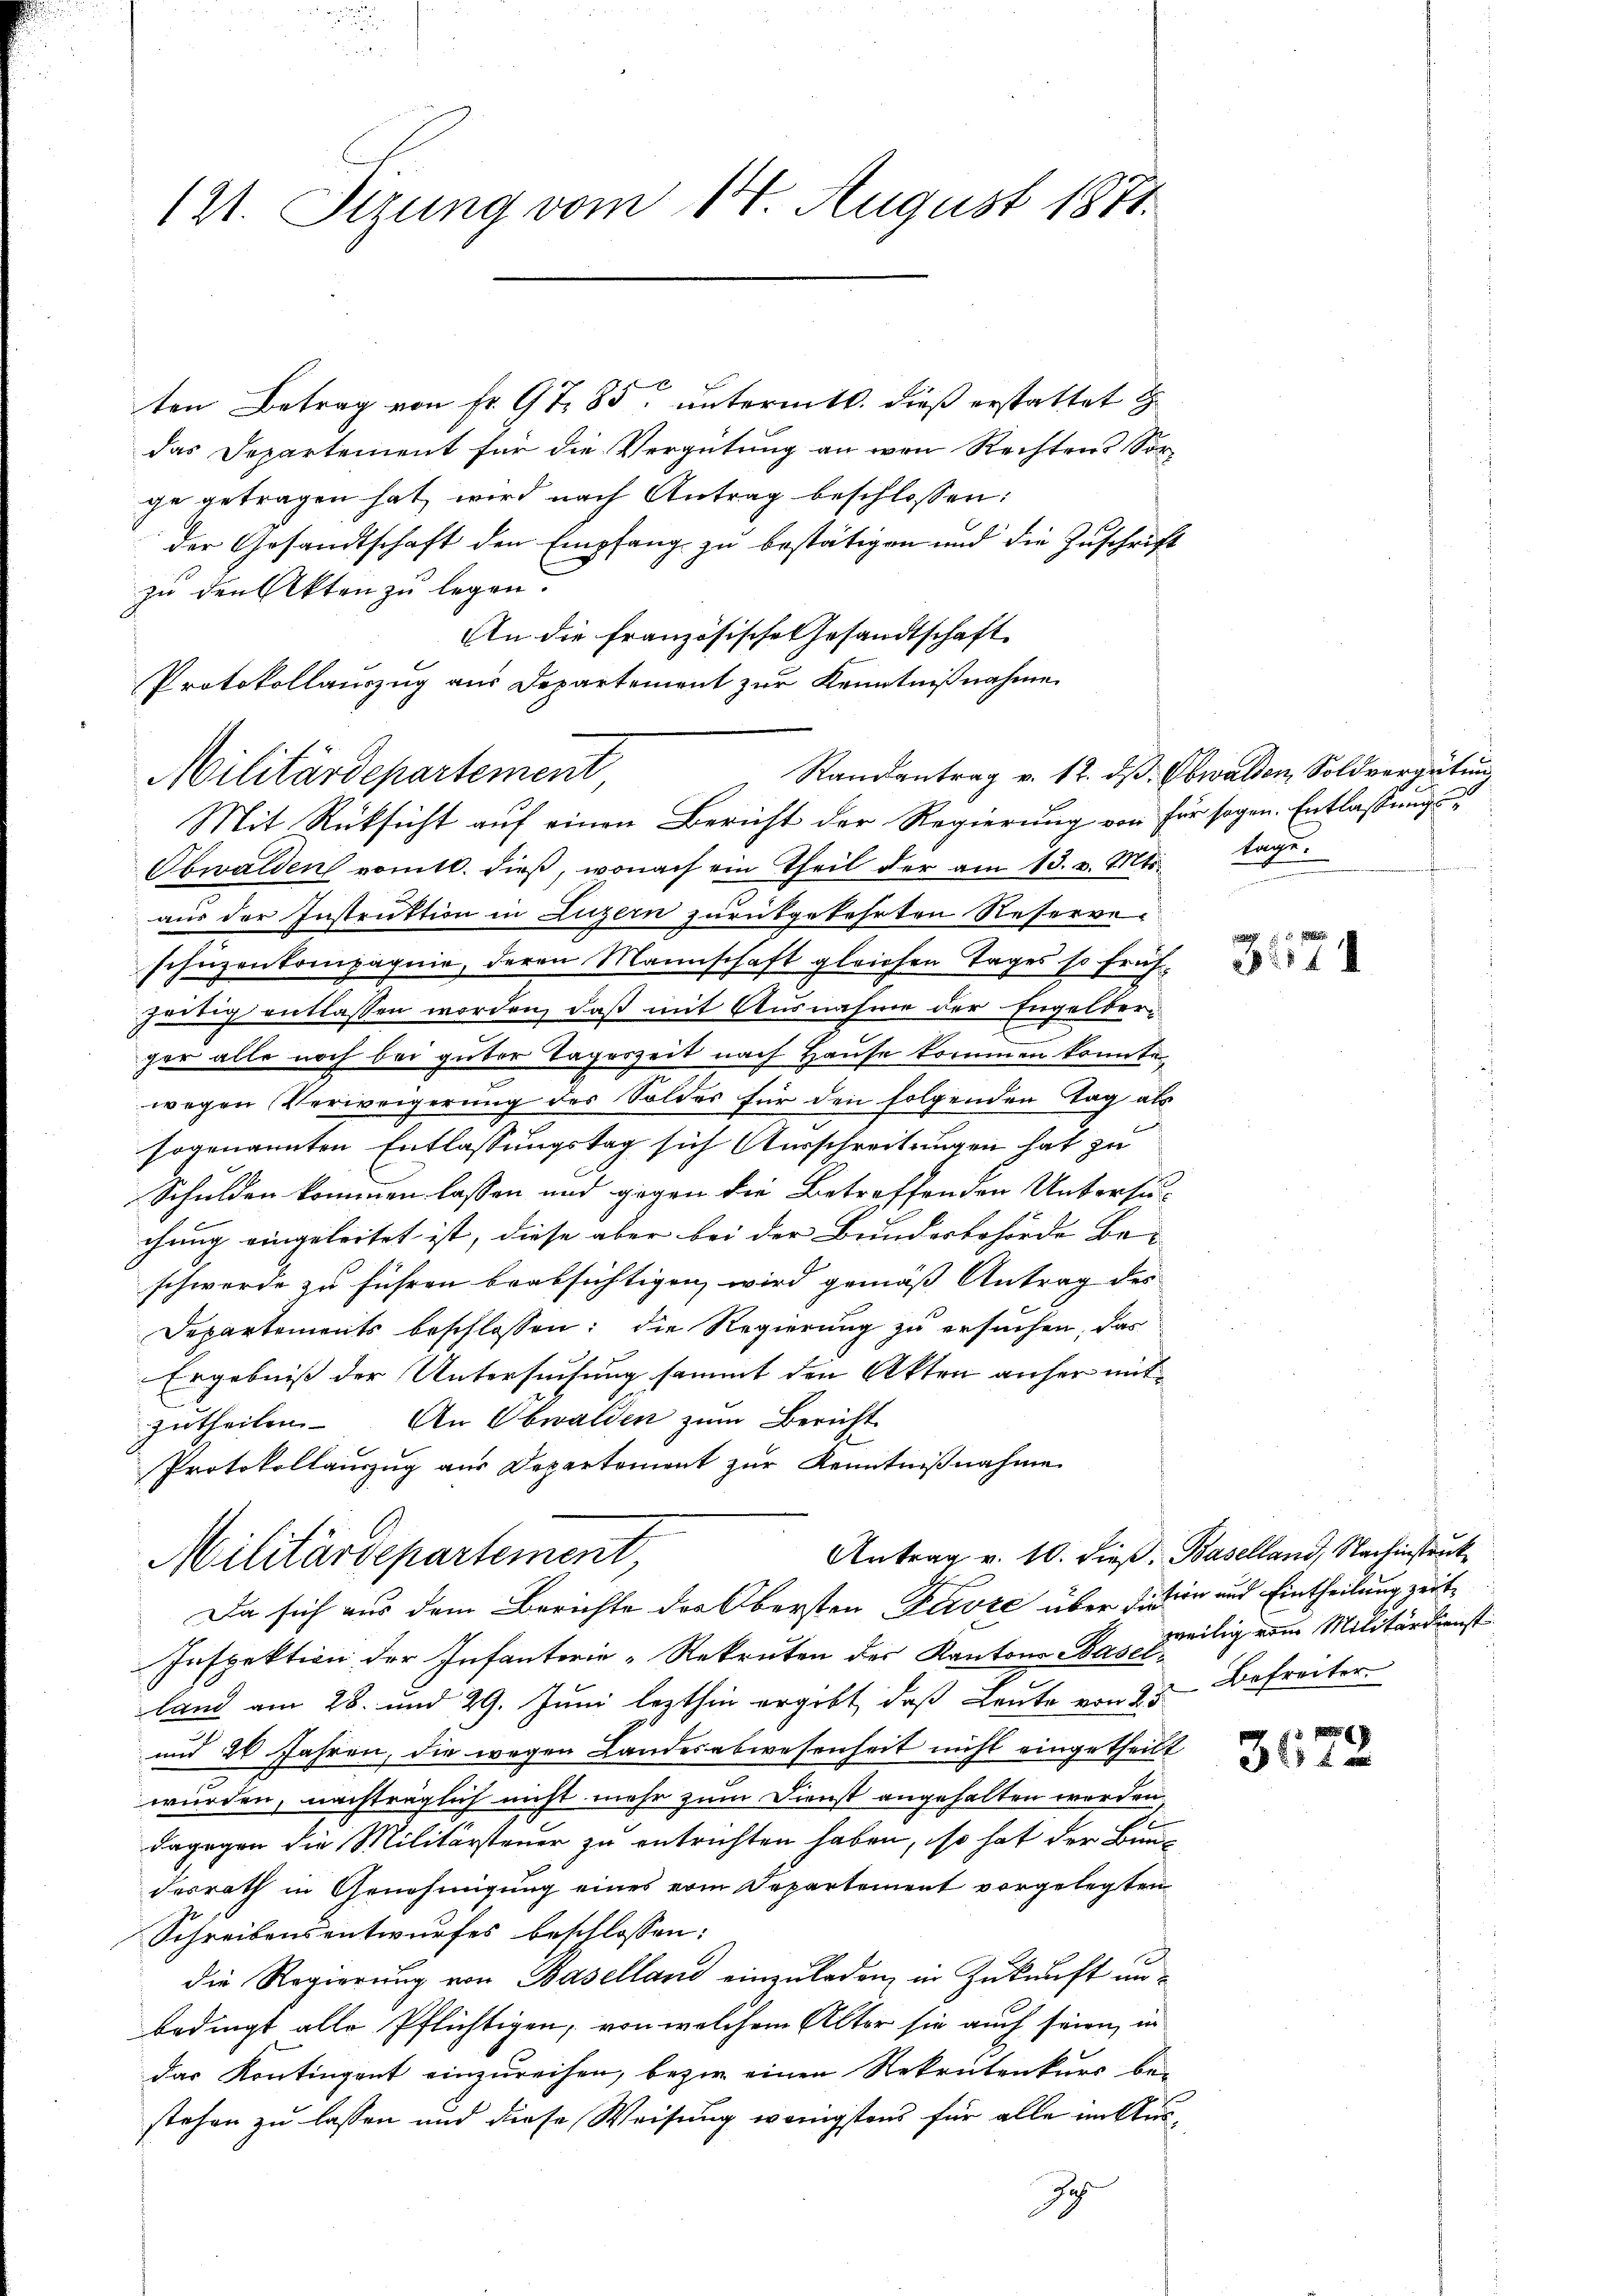
121. Sizung vom 14. August 1871.

ten Betrag von Fr. 97. 85. untermitt. dieß erstattet d
das Departement für die Vergütung an von Rechtens Sor-
ge getragen hat, wird nach Antrag beschlossen:
der Gesandtschaft den Empfang zu bestätigen und die Zuschrift
zu den Akten zu legen.
An die französische Gesandtschaft
Protokollauszug aus Departement zur Kenntnißnahme
Militärdepartement
Mit Rüksicht auf einen Bericht der Regierung von für sogen. Entlassungs
Obwalden romtl. dieß, wonach ein Theil der am 13. v. Mts. tage.
aus der Instruktion in Luzern zurückgekehrten Reserve-
schüzenkompagnie, deren Mannschaft gleichen Tages so früh
heitigentlassen worden, daß mit Ausnahme der Engelber-
ger alle noch bei guter Tageszeit nach Hause kommen konnte,
wegen Verweigerung des Solder für den folgenden Tag als
sogenannten Entlassungstag sich Ausschreitungen hat zu
Schulden kommen lassen und gegen die Betreffenden Untersu-
chung eingeleitet ist, diese aber bei der Bundesbehörde Be- |
schwerde zu führen beabsichtigen wird gemäß Antrag des
Departements beschlossen; die Regierung zu ersuchen, das
Ergebniß der Untersuchung sammt den Akten anfer mit
sammen
zutheilen. An Obwalden zum Bericht
Protokollauszug aus Departement zŭr Kenntniβnahme
Antrag v. 10. dieß, Baselland, Nachinstruk
Militärdepartement,
Da sich aus dem Berichte der Obersten Davre über diesen und Eintheilung zeit¬
Inspektion der Infanterie-Rekruten der Kantone das zweitig vom Militärdienst
land am 28. und 29. Juni lezthin ergibt, daß Leute von 23
und 24 Jahren, die wegen Landesabwesenheit nicht eingetheilt
würden, nachträglich nicht mehr zum Dienst angehalten worden
dagegen die Militärsteuer zu entrichten haben, so hat der Bunde
desrath in Genehmigung eines vom Departement vorgelegten
Schreibensentwurfes beschlossen:
die Regierung von Baselland einzuladen, in Zukunft unbedingt alle Pflichtigen, von welchem Alter sie auch seien, in
das Kontingent einzureihen, bezir einen Rekrutenkurs bei
stehen zu lassen und diese Weisung wenigstens für alle im Aus-

Randantrag v. 12. dß. Obwalden, Soldvergütung

3

u
3574

Befreiter

362